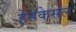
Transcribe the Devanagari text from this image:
हेसकेसल